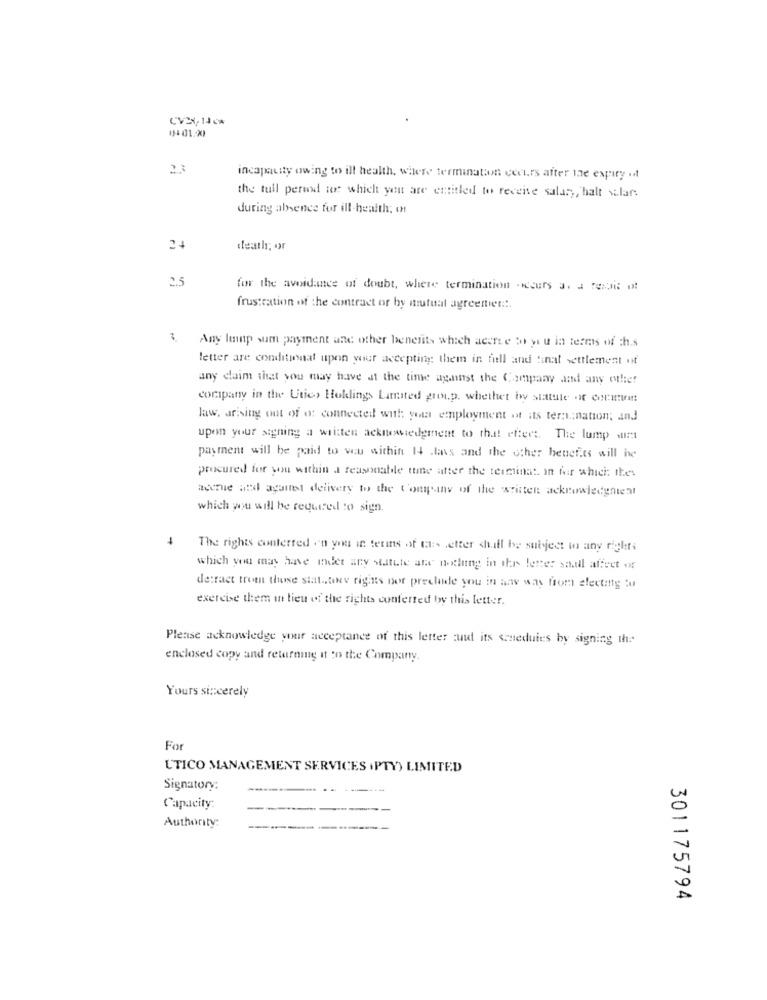
23
incapquity owing to ill health, where termination ceeurs after the expiry it
the tull perwid to which you are entitled to receive salar ,, halt v.lars
during absence for ill-health; ot
24
death; or
2.5
for the avoidance of doubt, where termination . Nccers a. a ferait of
frustration of the contract or by mutual agreeniet ::.
3. Any lump sum payment and other benefits which acere to y u in termas of th.s
letter are conditional upon wier accepting them in fiell and final settlement nit
any claim that you may have at the time against the Company and any other
company in the Uties Holdlings Lansted group, whether iwy statute ox Comum!
law, arising out of o: connected with you employment of its ter :; nation; and
upon your signing a written acknowledgment to that! effect. The lump wirst
payment will be paid to vou within 14 .lavs and the other benefits will he
procured for you within a reasonable ttine after the terminat. in fir which: thes
acenie and against delivery to the Company of the written acknowledgniemt
which you will be required to sign.
The rights conterred on you in terms of tates wetter shall be subject to any rights
which you may have inder ary statute are nothing in the letter sandal affect or
detract trom those statatone rights nor prechide you in anv was from electing tu
exercise them in lieu of the rights conferred by this letter.
Please acknowledge your acceptance of this letter zuid its schedules by signing the
enclosed copy and returning it to the Company.
Yours sincerely
For
UTICO MANAGEMENT SERVICES .PTY) LIMITED
Signatory:
Capacity:
Authority:
301175794